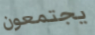
يجتمعون